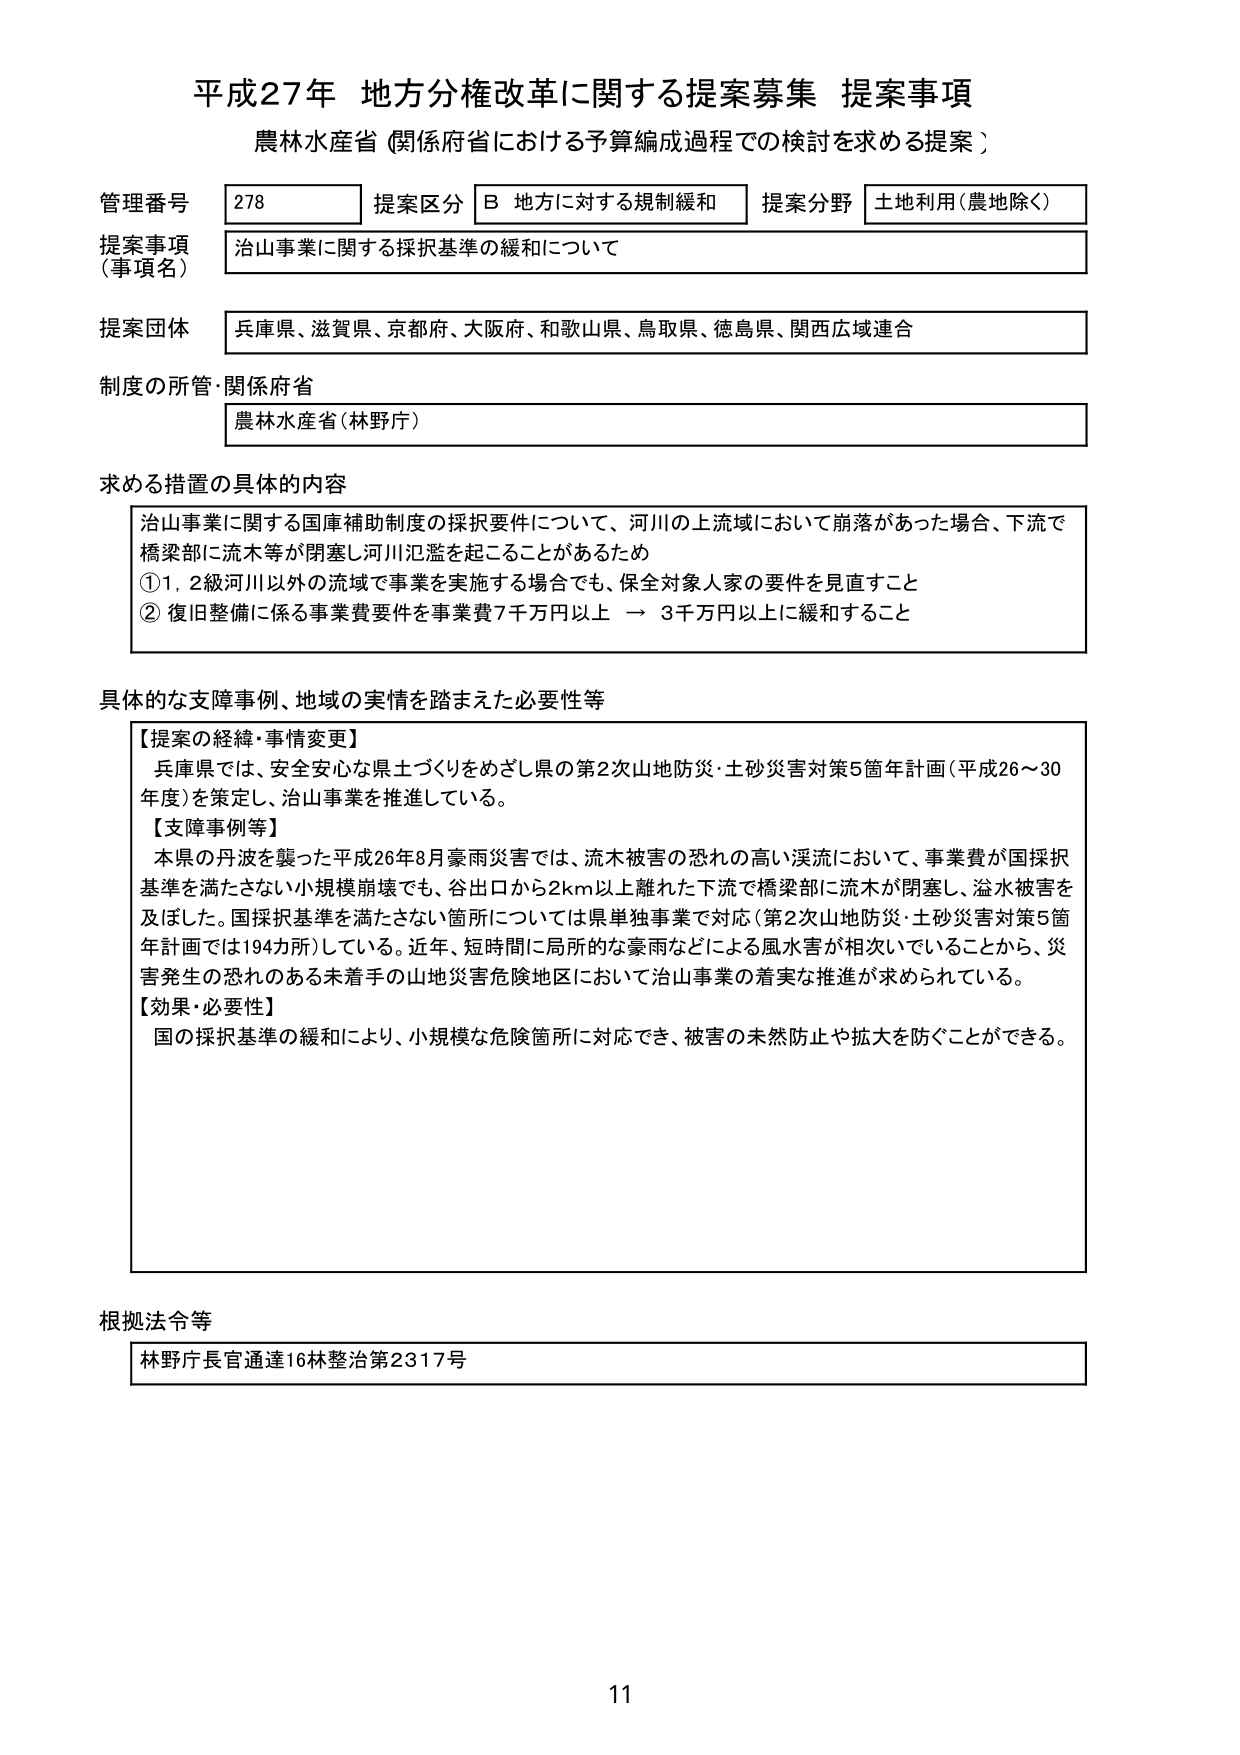
平成27年 地方分権改革に関する提案募集 提案事項
農林水産省（関係府省における予算編成過程での検討を求める提案）

管理番号 278
提案区分 B 地方に対する規制緩和
提案分野 土地利用（農地除く）
提案事項（事項名） 治山事業に関する採択基準の緩和について
提案団体 兵庫県、滋賀県、京都府、大阪府、和歌山県、鳥取県、徳島県、関西広域連合
制度の所管・関係府省 農林水産省（林野庁）

求める措置の具体的な内容
治山事業に関する国庫補助制度の採択要件について、河川の上流域において崩落があった場合、下流で橋梁部に流木等が閉塞し河川氾濫を起こることがあるため
① 1,2級河川以外の流域で事業を実施する場合でも、保全対象人家の要件を見直すこと
② 復旧整備に係る事業費要件を事業費7千万円以上 → 3千万円以上に緩和すること

具体的な支障事例、地域の実情を踏まえた必要性等
【提案の経緯・事情変更】
兵庫県では、安全安心な県土づくりをめざし県の第2次山地防災・土砂災害対策5箇年計画（平成26～30年度）を策定し、治山事業を推進している。
【支障事例等】
本県の丹波を襲った平成26年8月豪雨災害では、流木被害の恐れの高い渓流において、事業費が国採択基準を満たさない小規模崩壊でも、谷出口から2km以上離れた下流で橋梁部に流木が閉塞し、溢水被害を及ぼした。国採択基準を満たさない箇所については県単独事業で対応（第2次山地防災・土砂災害対策5箇年計画では194カ所）している。近年、短時間に局所的な豪雨などによる風水害が相次いでいることから、災害発生の恐れのある未着手の山地災害危険地区において治山事業の着実な推進が求められている。
【効果・必要性】
国の採択基準の緩和により、小規模な危険箇所に対応でき、被害の未然防止や拡大を防ぐことができる。

根拠法令等
林野庁長官通達16林整治第2317号

11